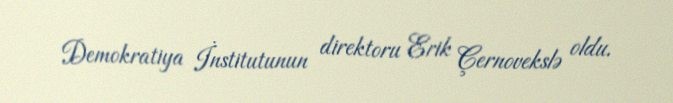
Demokratiya İnstitutunun direktoru Erik Çernovekslə oldu.